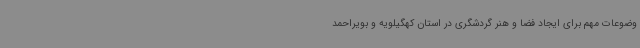
وضوعات مهم برای ایجاد فضا و هنر گردشگری در استان کهگیلویه و بویراحمد